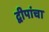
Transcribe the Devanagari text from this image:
द्वीपांचा